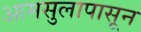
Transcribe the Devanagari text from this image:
आमसुलापासून